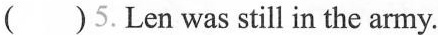
( )5.Len was still in the army.